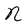
Character: N